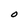
Character: O